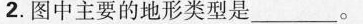
图中主要的地形类型是___。